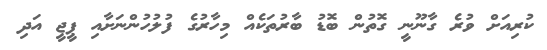
ކުރިއަށް ވުރެ ގާނޫނީ ގޮތުން ބޮޑު ބާރުތަކެއް މިހާރުގެ ފުލުހުންނަށާއި ޕީޖީ އަދި